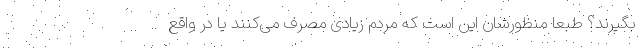
بگیرند؟ طبعاً منظورشان این است که مردم زیادی مصرف می‌کنند یا در واقع